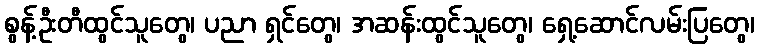
စွန့်ဦးတီထွင်သူတွေ၊ ပညာ ရှင်တွေ၊ အဆန်းထွင်သူတွေ၊ ရှေ့ဆောင်လမ်းပြတွေ၊